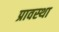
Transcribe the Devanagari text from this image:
प्रावस्‍था